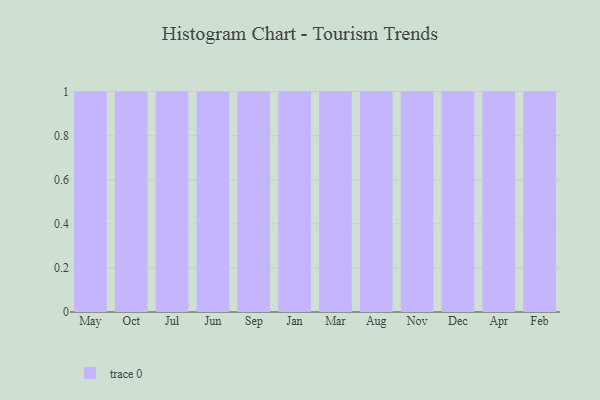
{"axis": {"x": "Month", "y": "Headcount"}, "legend": [""], "data": [{"x": "May", "y": 61, "type": ""}, {"x": "Oct", "y": 1, "type": ""}, {"x": "Jul", "y": 17, "type": ""}, {"x": "Jun", "y": 29, "type": ""}, {"x": "Sep", "y": 59, "type": ""}, {"x": "Jan", "y": 50, "type": ""}, {"x": "Mar", "y": 54, "type": ""}, {"x": "Aug", "y": 42, "type": ""}, {"x": "Nov", "y": 57, "type": ""}, {"x": "Dec", "y": 96, "type": ""}, {"x": "Apr", "y": 72, "type": ""}, {"x": "Feb", "y": 2, "type": ""}]}